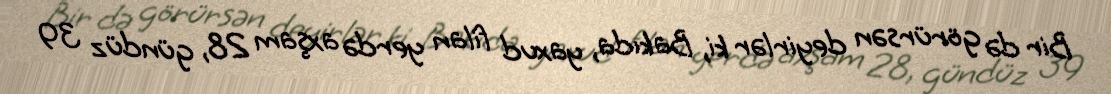
Bir də görürsən deyirlər ki, Bakıda, yaxud filan yerdə axşam 28, gündüz 39